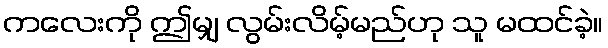
ကလေးကို ဤမျှ လွမ်းလိမ့်မည်ဟု သူ မထင်ခဲ့။